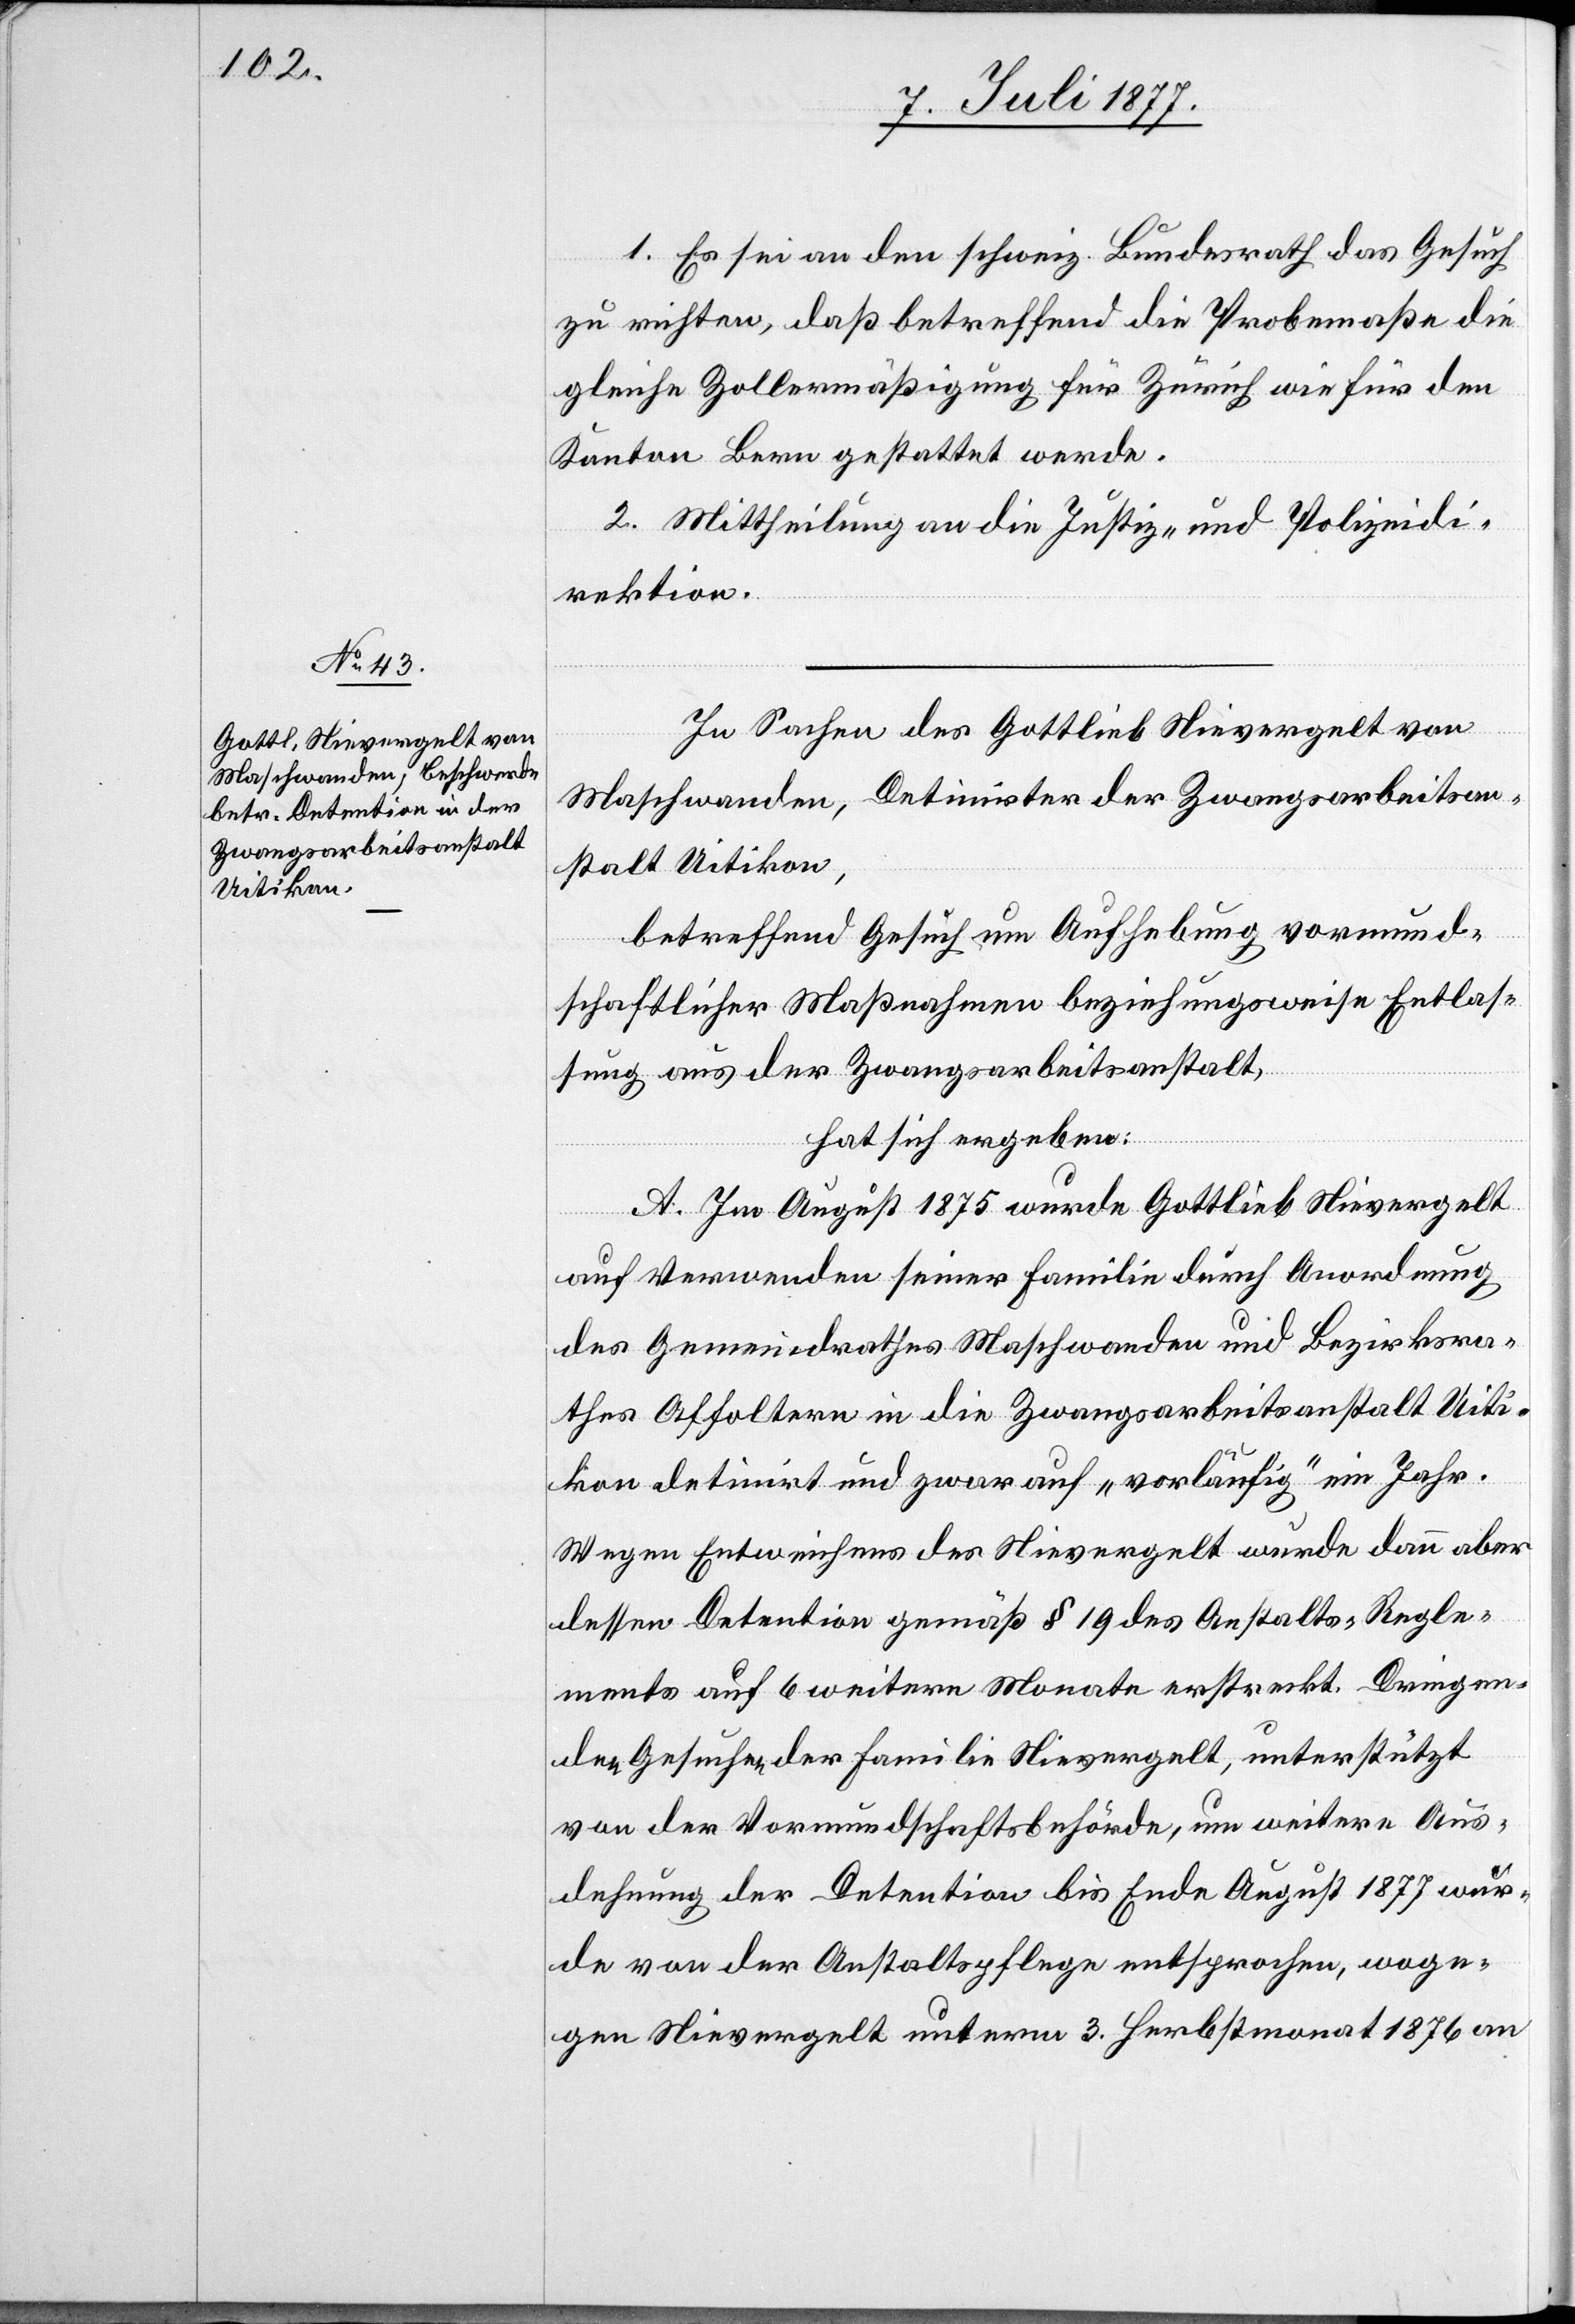
1. Es sei an den schweiz. Bundesrath das Gesuch
zu richten, daß betreffend die Probemaße die
gleiche Zollermäßigung für Zürich wie für den
Kanton Bern gestattet werde.
2. Mittheilung an die Justiz- und Polizeidi¬
rektion.
In Sachen des Gottlieb Nievergelt von
Maschwanden, Detinirter der Zwangsarbeitsan¬
stalt Uitikon,
betreffend Gesuch um Aufhebung vormund¬
schaftlicher Maßnahmen beziehungsweise Entlas¬
sung aus der Zwangsarbeitsanstalt,
hat sich ergeben:
A. Im August 1875 wurde Gottlieb Nievergelt
auf Verwenden seiner Familie durch Anordnung
des Gemeindrathes Maschwanden und Bezirksra¬
thes Affoltern in die Zwangsarbeitsanstalt Uiti¬
kon detinirt und zwar auf „vorläufig“ ein Jahr.
Wegen Entweichens des Nievergelt wurde dann aber
dessen Detention gemäß § 19 des Anstalts-Regle¬
ments auf 6 weitere Monate erstreckt. Dringen¬
den Gesuchen der Familie Nievergelt, unterstützt
von der Vormundschaftsbehörde, um weitere Aus¬
dehnung der Detention bis Ende August 1877 wur¬
de von der Anstaltspflege entsprochen, woge¬
gen Nievergelt unterm 3. Herbstmonat 1876 an